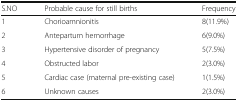
<table><thead><tr><td><b>S.NO</b></td><td><b>Probable cause for still births</b></td><td><b>Frequency</b></td></tr></thead><tbody><tr><td>1</td><td>Chorioamnionitis</td><td>8(11.9%)</td></tr><tr><td>2</td><td>Antepartum hemorrhage</td><td>6(9.0%)</td></tr><tr><td>3</td><td>Hypertensive disorder of pregnancy</td><td>5(7.5%)</td></tr><tr><td>4</td><td>Obstructed labor</td><td>2(3.0%)</td></tr><tr><td>5</td><td>Cardiac case (maternal pre-existing case)</td><td>1(1.5%)</td></tr><tr><td>6</td><td>Unknown causes</td><td>2(3.0%)</td></tr></tbody></table>